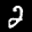
Label: 2